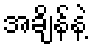
အချိန်နဲ့